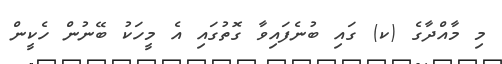
މި މާއްދާގެ (ކ) ގައި ބުނެފައިވާ ގޮތުގައި އެ މީހަކު ބޭނުން ހެކީން